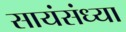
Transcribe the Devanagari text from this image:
सायंसंध्या